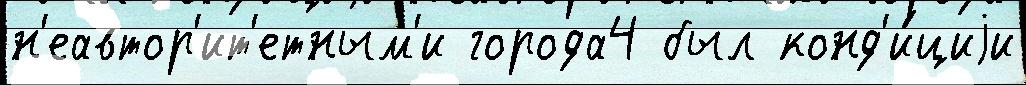
н'еавтор'ит'етным'и города4 был конд'и́циjи